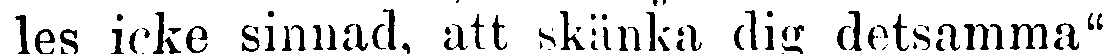
les icke sinnad, att skänka dig detsamma".